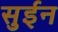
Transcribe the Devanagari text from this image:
सुईन